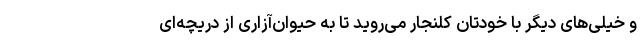
و خیلی‌های دیگر با خودتان کلنجار می‌روید تا به حیوان‌آزاری از دریچه‌ای